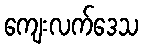
ကျေးလက်ဒေသ